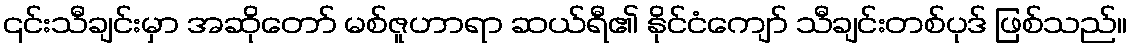
၎င်းသီချင်းမှာ အဆိုတော် မစ်ဇူဟာရာ ဆယ်ရီ၏ နိုင်ငံကျော် သီချင်းတစ်ပုဒ် ဖြစ်သည်။